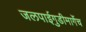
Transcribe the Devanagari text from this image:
जलपाईगुडीमार्गेच